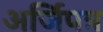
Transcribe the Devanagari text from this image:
अर्जिपत्र